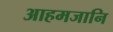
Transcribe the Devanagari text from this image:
आहमजानि